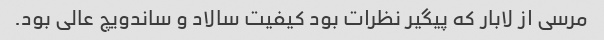
مرسی از لابار که پیگیر نظرات بود کیفیت سالاد و ساندویچ عالی بود.